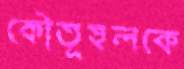
কৌতূহলকে